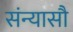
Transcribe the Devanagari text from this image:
संन्यासौ